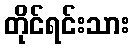
တိုင်ရင်းသား